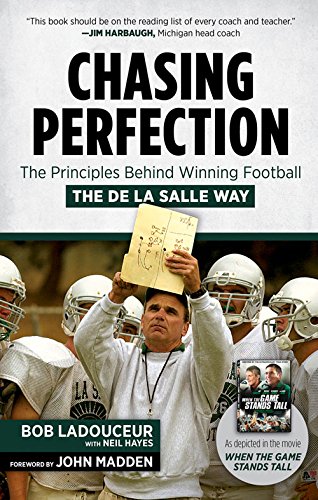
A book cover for Chasing Perfection: The Principles Behind Winning Football the De La Salle Way; Bob Ladouceur; Sports & Outdoors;